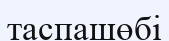
таспашөбі